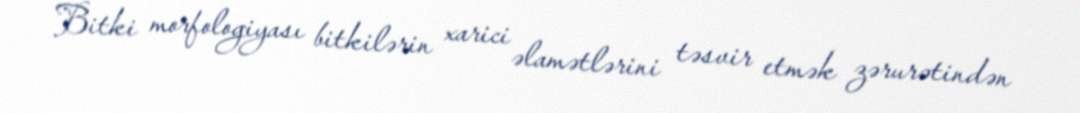
Bitki morfologiyası bitkilərin xarici əlamətlərini təsvir etmək zərurətindən